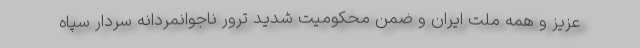
عزیز و همه ملت ایران و ضمن محکومیت شدید ترور ناجوانمردانه سردار سپاه